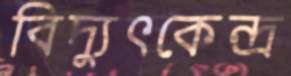
বিদ্যুৎকেন্দ্র